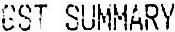
GST SUMMARY